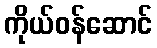
ကိုယ်ဝန်ဆောင်